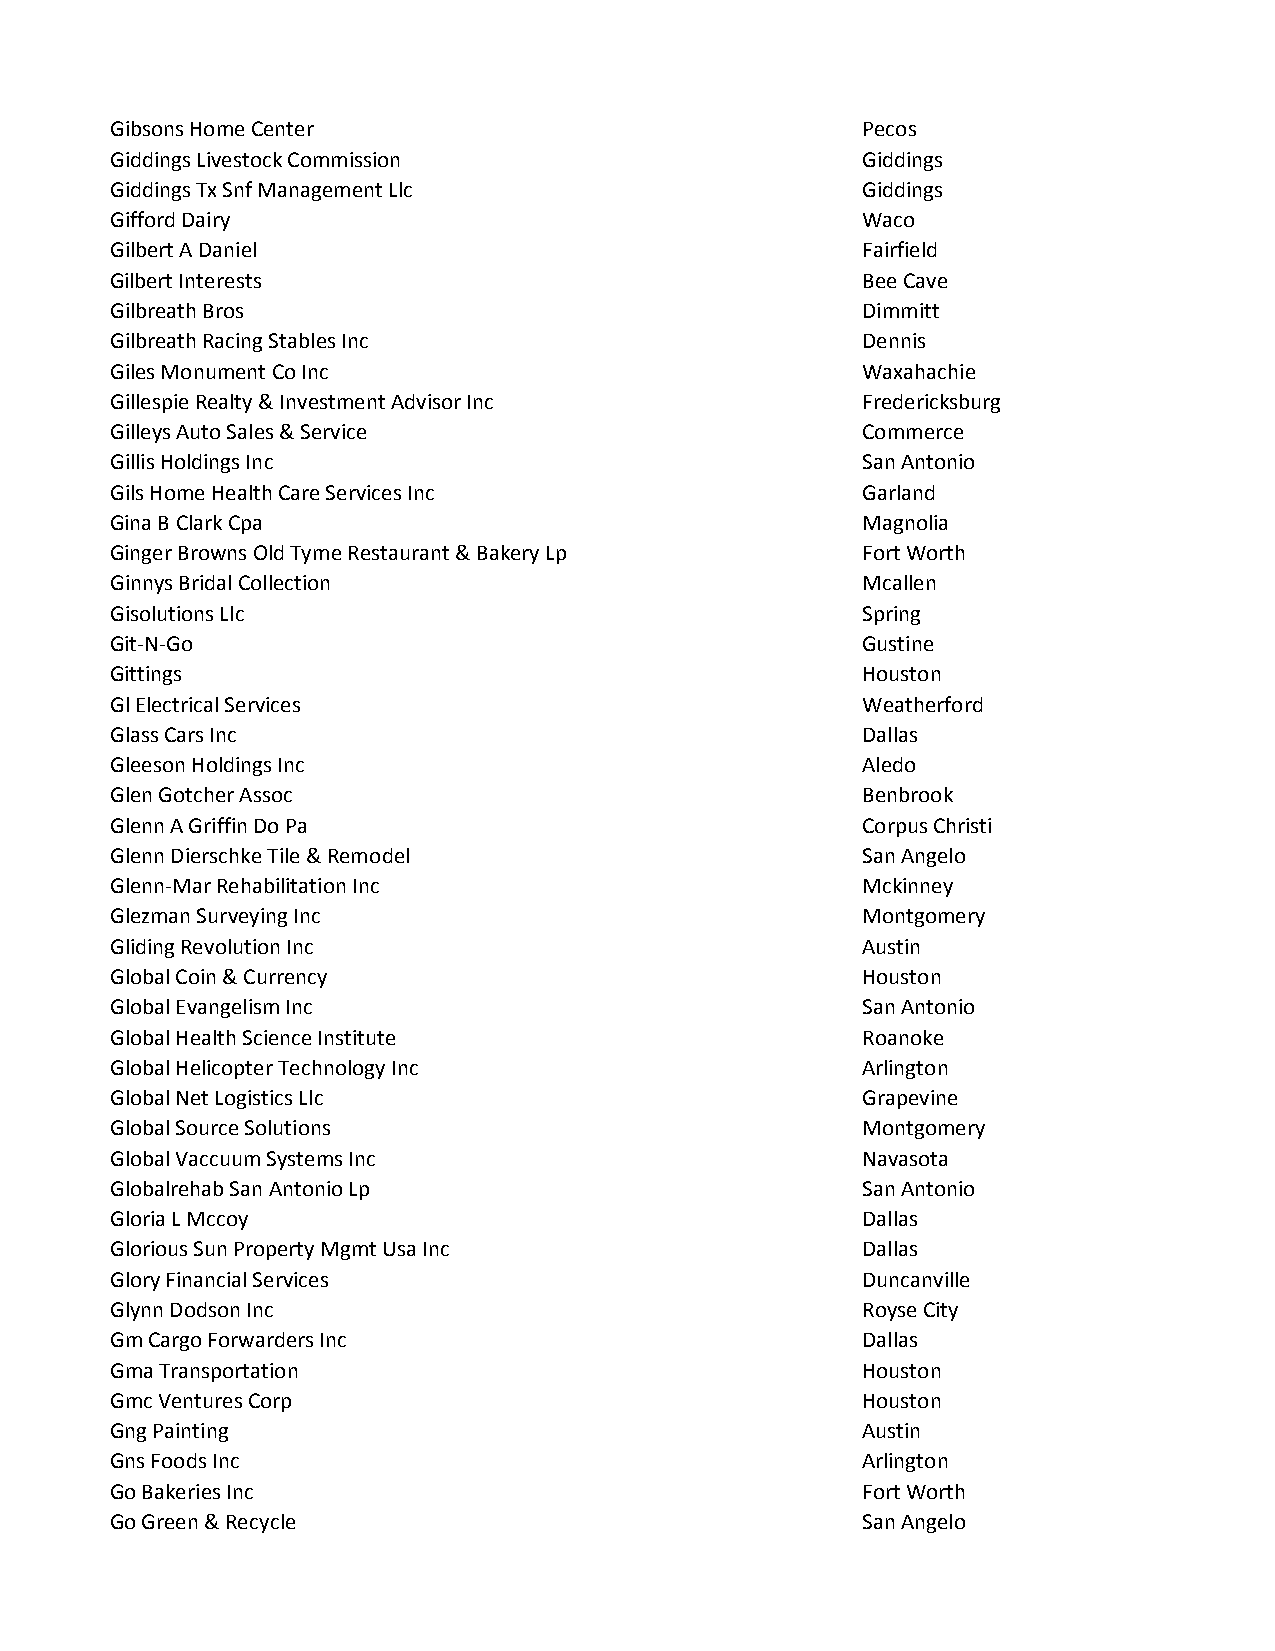
Gibsons Home Center                               Pecos
 Giddings Livestock Commission                     Giddings
 Giddings Tx Snf Management Llc                    Giddings
 Gifford Dairy                                     Waco
 Gilbert A Daniel                                  Fairfield
 Gilbert Interests                                 Bee Cave
 Gilbreath Bros                                    Dimmitt
 Gilbreath Racing Stables Inc                      Dennis
 Giles Monument Co Inc                             Waxahachie
 Gillespie Realty & Investment Advisor Inc         Fredericksburg
 Gilleys Auto Sales & Service                      Commerce
 Gillis Holdings Inc                               San Antonio
 Gils Home Health Care Services Inc                Garland
 Gina B Clark Cpa                                  Magnolia
 Ginger Browns Old Tyme Restaurant & Bakery Lp     Fort Worth
 Ginnys Bridal Collection                          Mcallen
 Gisolutions Llc                                   Spring
 Git-N-Go                                          Gustine
 Gittings                                          Houston
 Gl Electrical Services                            Weatherford
 Glass Cars Inc                                    Dallas
 Gleeson Holdings Inc                              Aledo
 Glen Gotcher Assoc                                Benbrook
 Glenn A Griffin Do Pa                             Corpus Christi
 Glenn Dierschke Tile & Remodel                    San Angelo
 Glenn-Mar Rehabilitation Inc                      Mckinney
 Glezman Surveying Inc                             Montgomery
 Gliding Revolution Inc                            Austin
 Global Coin & Currency                            Houston
 Global Evangelism Inc                             San Antonio
 Global Health Science Institute                   Roanoke
 Global Helicopter Technology Inc                  Arlington
 Global Net Logistics Llc                          Grapevine
 Global Source Solutions                           Montgomery
 Global Vaccuum Systems Inc                        Navasota
 Globalrehab San Antonio Lp                        San Antonio
 Gloria L Mccoy                                    Dallas
 Glorious Sun Property Mgmt Usa Inc                Dallas
 Glory Financial Services                          Duncanville
 Glynn Dodson Inc                                  Royse City
 Gm Cargo Forwarders Inc                           Dallas
 Gma Transportation                                Houston
 Gmc Ventures Corp                                 Houston
 Gng Painting                                      Austin
 Gns Foods Inc                                     Arlington
 Go Bakeries Inc                                   Fort Worth
 Go Green & Recycle                                San Angelo